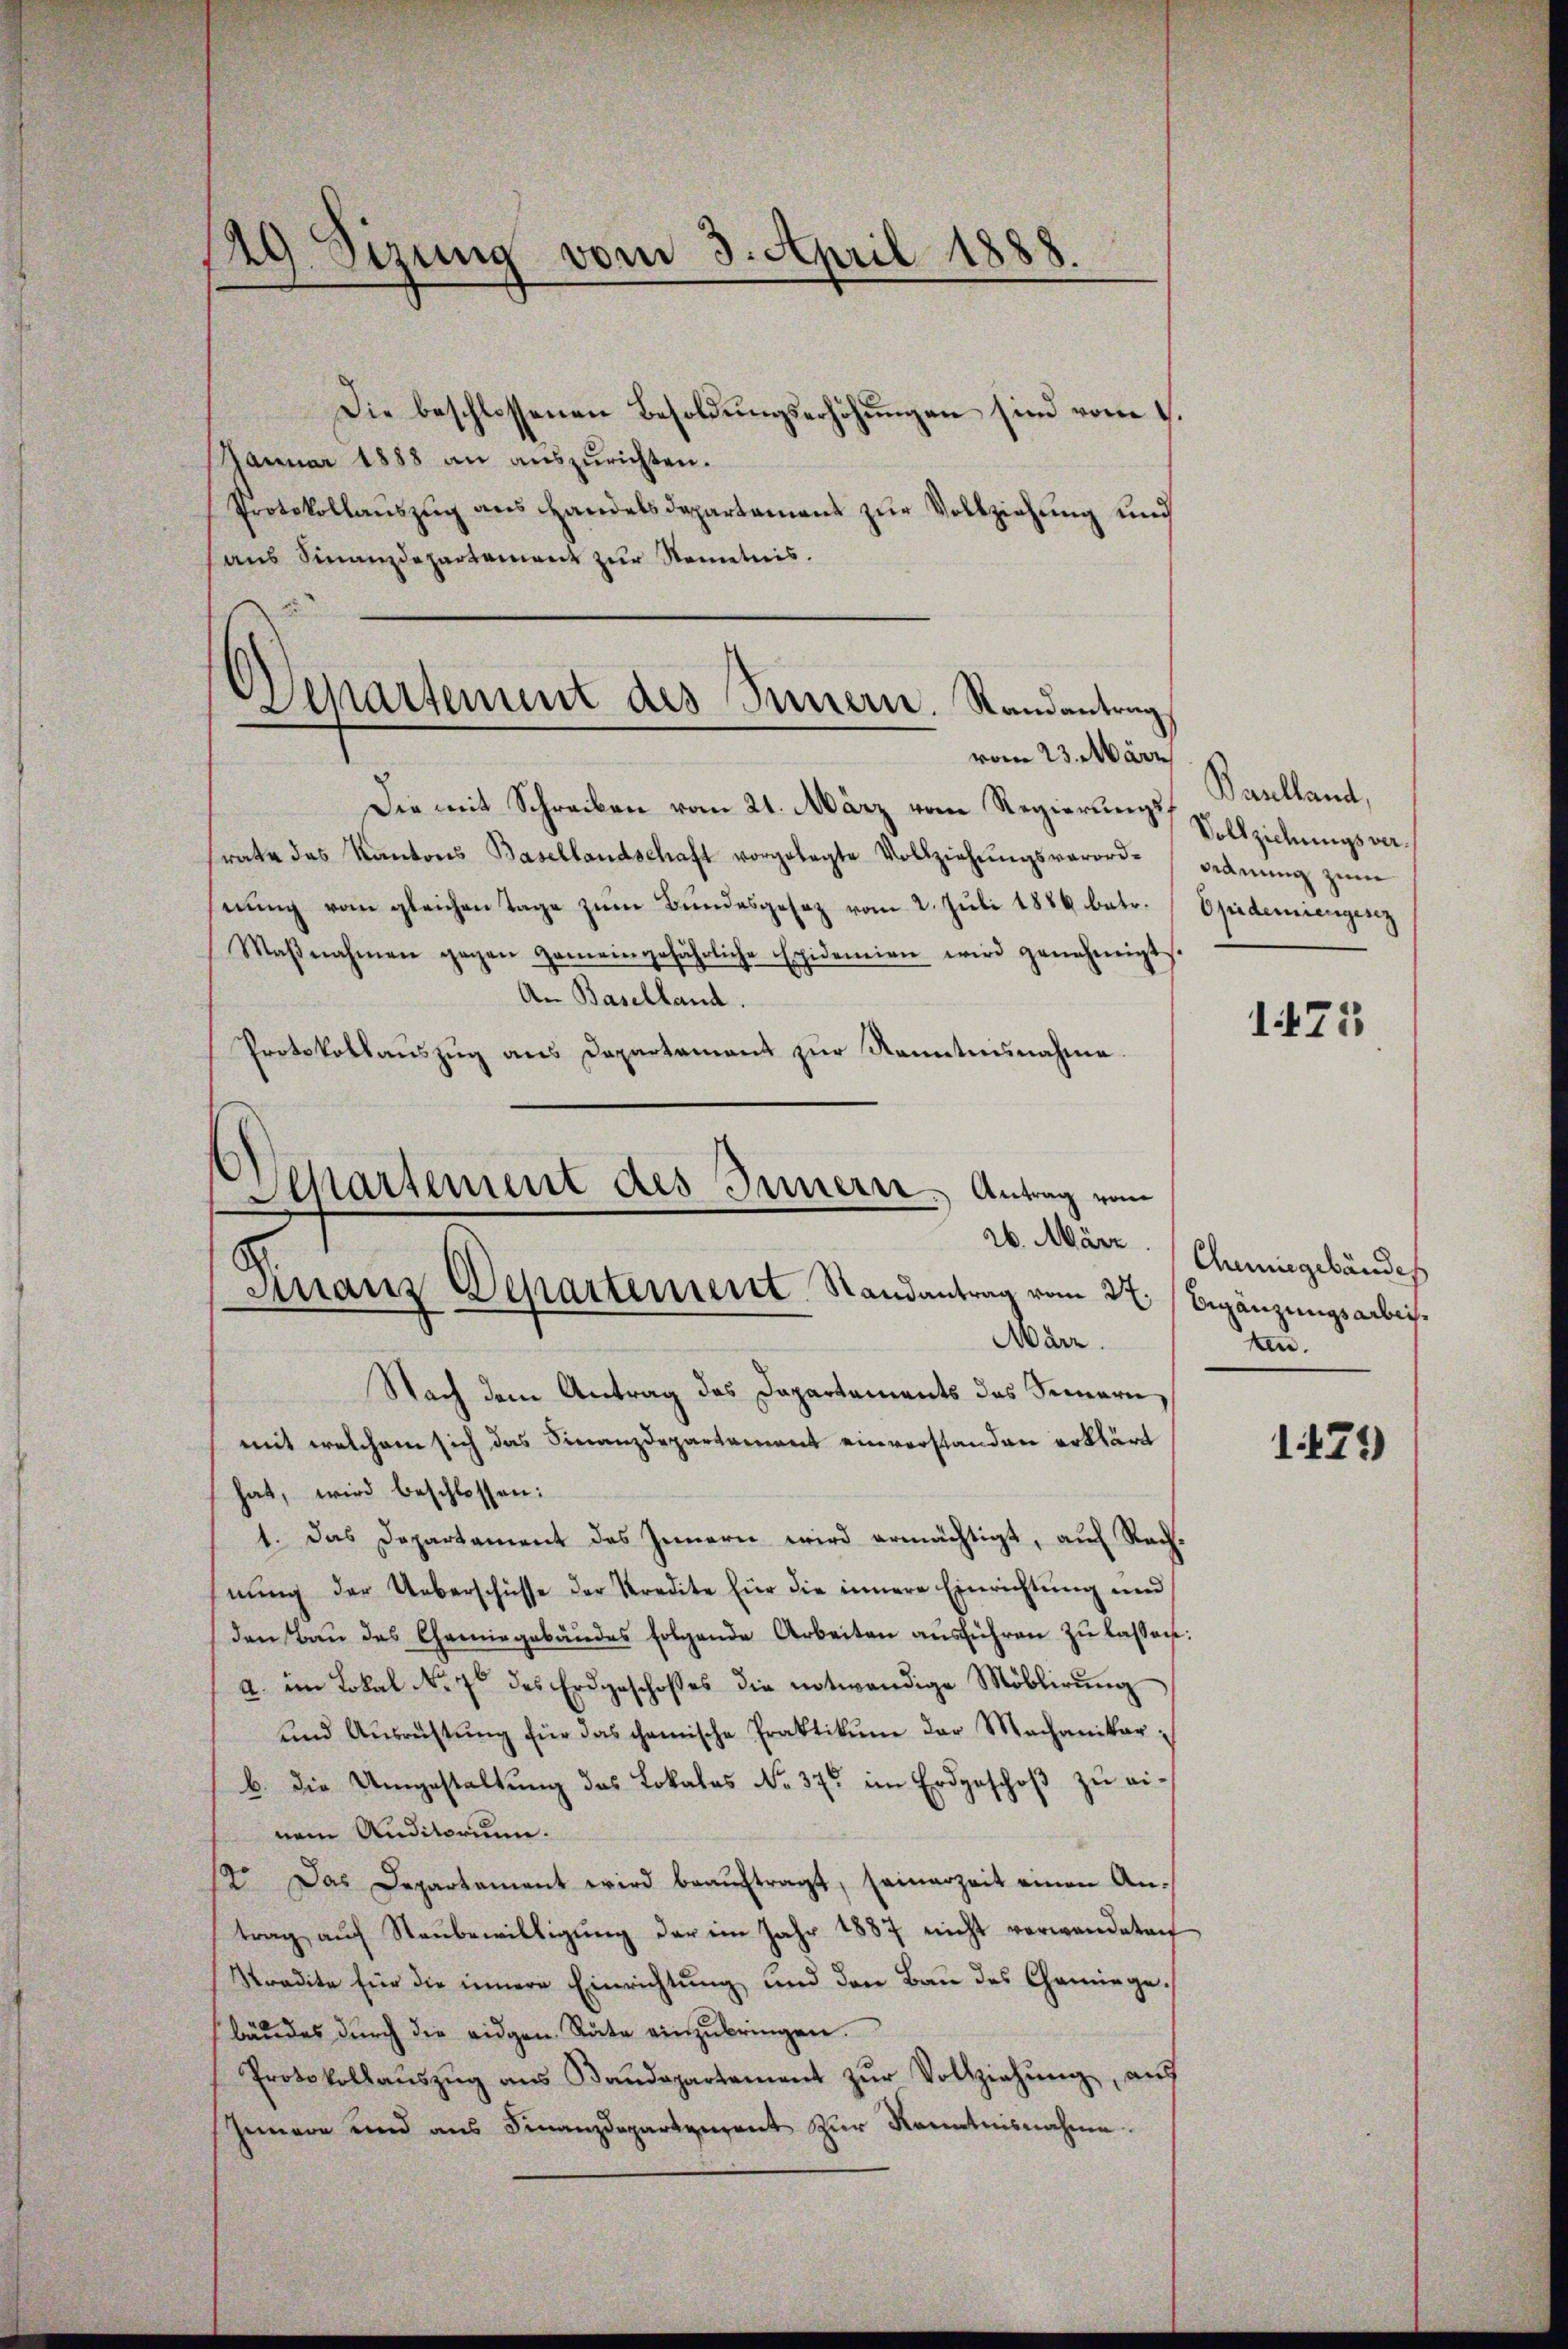
Die beschlossenen Besoldungserhöhungen sind vom 1.
Januar 1888 an auszurichten.
Protokollauszug aus Handelsdepartement zur Vollziehung und
aus Finanzdepartement zur Kenntnis.

129. Sizung vom 3. April 1888.

Departement des Innern. Randantrag
vom 23. März,

Die mit Schreiben vom 21. März vom Regierungsrate das Kantons Basellandschaft vorgelegte Vollziehŭngsverord-
nŭng vom gleichen Tage zŭm Bŭndesgesez vom 2. Jŭli 1886 betr.
Maβnahmen gegen Gemeingefährliche Epidemien wird genehmigt.
A. Baselland.
Protokollaŭszŭg ans Departament zŭr Kenntnisnahme
Separtement des Innern. Antrag vom

8
Finanz Departement Randantrag vom 22 (Begänzungsarbei¬
Marz.
Nach dem Antrag des Dapartements des Innern

mit welchem sich das Finanzdepartement einverstanden erklärt
hat, wird beschlossen:
1. Das Departament des Innern wird ermächtigt, auf Rach-
nung der Ueberschüsse der Kredite für die innere Einrichtung und
den Bau des Chemingebäudes folgende Arbeiten ausführen zu lassen:
a. im Lokal Nr. 7 des Erdgeschoses die notwendige Möblirŭng
und Ausrichtŭng für das chanische Praktikŭm der Machaniker,
b. die Umgestaltung das Lokales No 37. im Erdgeschoß zu einem Auditorium.
12. Das Departament wird beaŭftragt, seinerzeit einen Antrag auf Neubewilligung der im Jahr 1887 nicht verwandeten
Sradite für die innere Einrichtung und den Bau des Chemiege
bäŭdes dŭrch die eidgen. Räte einzŭbringen.
Protokollaŭszŭg ans Bandepartement zŭr Vollziehŭng aŭs
Innern und aus Finanzdepartement zur Kenntnisnahme.

Panlland,
Vollziehungsver¬
Ordnung zum
Opidemiengesez

1473

26. März. Chemiegebäudes
ten.

1429)